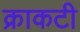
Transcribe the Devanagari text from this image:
क्राकटी